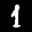
Label: 1